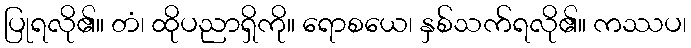
ပြုရလို၏။ တံ၊ ထိုပညာရှိကို။ ရောစယေ၊ နှစ်သက်ရလို၏။ ကဿပ၊